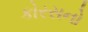
કોરસનો